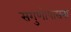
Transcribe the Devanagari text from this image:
सगुणोपासना